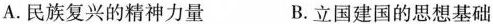
A.民族复兴的精神力量 B.立国建国的思想基础